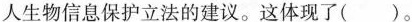
人生物信息保护立法的建议。这体现了（ ）。